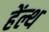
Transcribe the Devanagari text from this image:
हेंल्थ